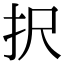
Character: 択